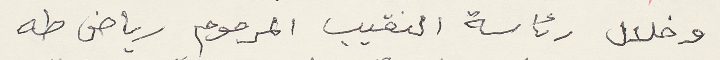
وخلال رئاسة النقيب المرحوم رياض طه